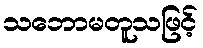
သဘောမတူသဖြင့်